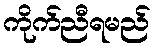
ကိုက်ညီရမည်